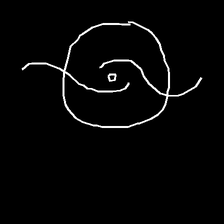
Glyph: repetition